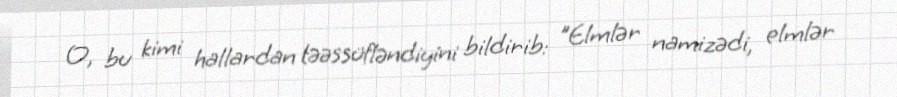
O, bu kimi hallardan təəssüfləndiyini bildirib: "Elmlər namizədi, elmlər